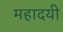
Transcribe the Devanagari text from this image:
महादयी